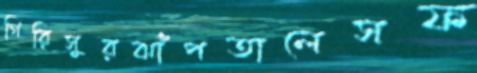
গিরিসুরঝাঁপতালেসফ